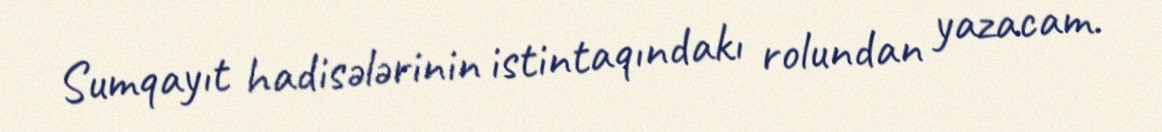
Sumqayıt hadisələrinin istintaqındakı rolundan yazacam.